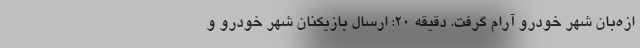
ازه‌بان شهر خودرو آرام گرفت. دقیقه 20: ارسال بازیکنان شهر خودرو و